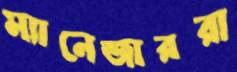
ম্যানেজাররা